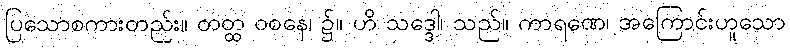
ပြသောစကားတည်း။ တတ္ထ ဝစနေ၊ ၌။ ဟိ သဒ္ဒေါ၊ သည်။ ကာရဏေ၊ အကြောင်းဟူသော